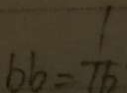
b b = \frac { 1 } { 1 6 }